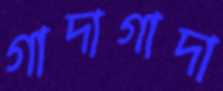
গাদাগাদা